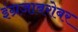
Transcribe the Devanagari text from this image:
इंग्रजाबरोबर